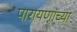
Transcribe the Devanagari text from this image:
पारायणांच्या